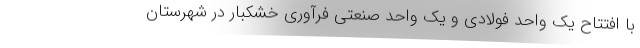
با افتتاح یک واحد فولادی و یک واحد صنعتی فرآوری خشكبار در شهرستان